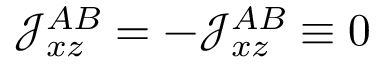
\mathcal { J } _ { x z } ^ { A B } = - \mathcal { J } _ { x z } ^ { A B } \equiv 0